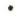
.